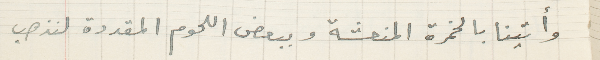
وأتينا بالخمرة المنعشة وببعض اللحوم المقددة لنذهب